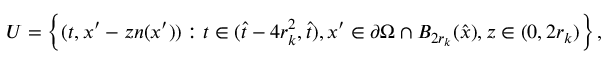
\begin{array} { r } { U = \left\lbrace ( t , x ^ { \prime } - z n ( x ^ { \prime } ) ) : t \in ( \hat { t } - 4 r _ { k } ^ { 2 } , \hat { t } ) , x ^ { \prime } \in \partial \Omega \cap B _ { 2 r _ { k } } ( \hat { x } ) , z \in ( 0 , 2 r _ { k } ) \right\rbrace , } \end{array}